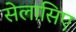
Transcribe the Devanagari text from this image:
सेलासिए